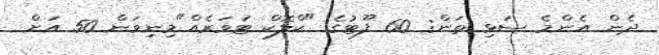
ދެން އެންމެ ސަޅި ތަން: 60 ފޫޓުގެ "ކްލޮކް ޓަވަރެއް"މިނިވަން 50 އަށް